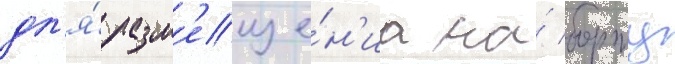
дл'я́ разм'еще́н'иа на́ борту